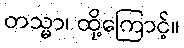
တသ္မာ၊ ထို့ကြောင့်။